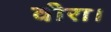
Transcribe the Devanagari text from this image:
वीरा।